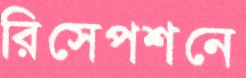
রিসেপশনে